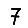
Digit: 7